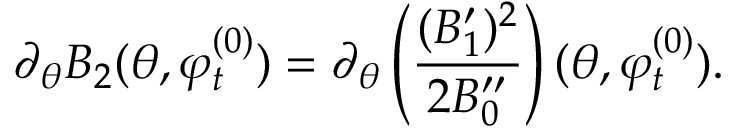
\partial _ { \theta } B _ { 2 } ( \theta , \varphi _ { t } ^ { ( 0 ) } ) = \partial _ { \theta } \left( \frac { ( B _ { 1 } ^ { \prime } ) ^ { 2 } } { 2 B _ { 0 } ^ { \prime \prime } } \right) ( \theta , \varphi _ { t } ^ { ( 0 ) } ) .